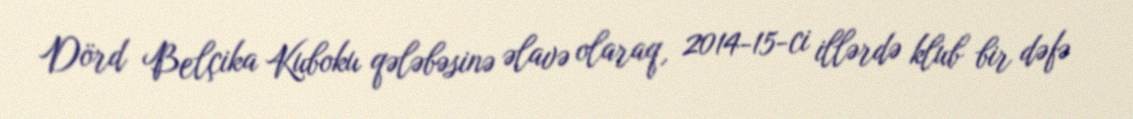
Dörd Belçika Kuboku qələbəsinə əlavə olaraq, 2014-15-ci illərdə klub bir dəfə